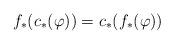
LaTeX: \begin{align*}f_* (c_*(\varphi)) = c_*(f_*(\varphi))\end{align*}